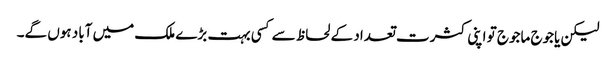
لیکن یاجوج ماجوج تو اپنی کثرت تعداد کے لحاظ سےکسی بہت بڑے ملک میں آباد ہوں گے۔